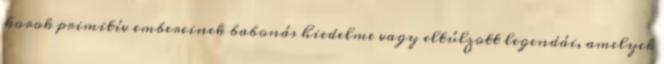
korok primitív embereinek babonás hiedelme vagy eltúlzott legendái, amelyek